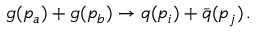
g ( p _ { a } ) + g ( p _ { b } ) \rightarrow q ( p _ { i } ) + { \bar { q } } ( p _ { j } ) \, .